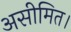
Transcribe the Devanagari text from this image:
असीमित।